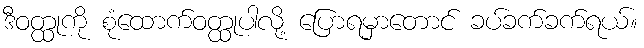
ဒီဝတ္ထုကို စုံထောက်ဝတ္ထုပါလို့ ပြောရမှာတောင် ခပ်ခက်ခက်ရယ်။